Indian Medical Review
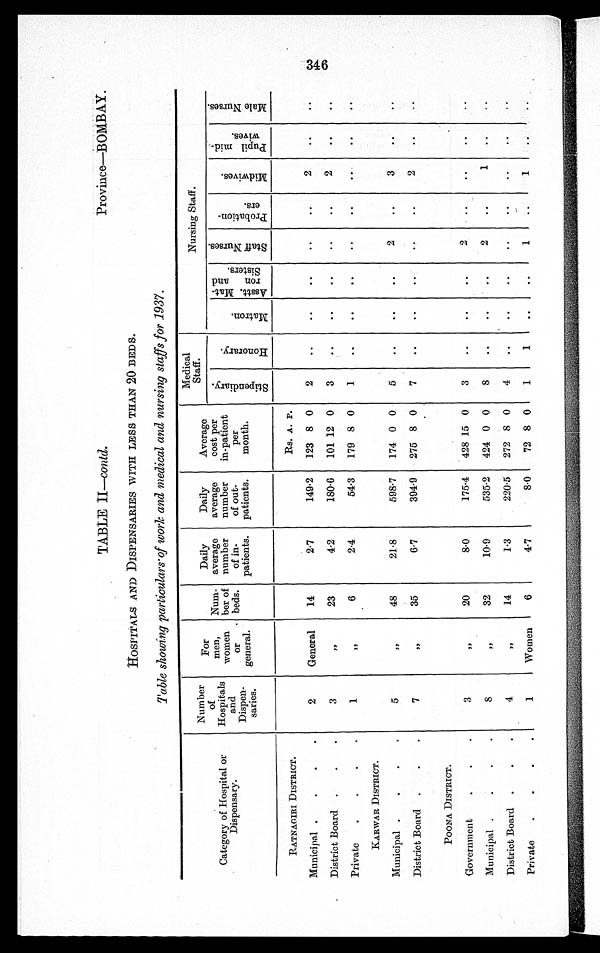
TABLE II— contd.
Province—BOMBAY.
HOSPITALS AND DISPENSARIES WITH LESS THAN 20BEDS.
Table showing particulars of work and medical and nursing staffs for 1937.
Category of Hospital or
Dispensary.
Number
of
Hospitals
and
Dispen-
sarics.
For
men,
women
or •
general.
Num-
ber of
beds.
Daily
average
number
of in-
patients.
Daily
average
number
of out-
patients.
Average . , , ,
cost per
in-patient
per
month.
Medical
Staff.
Nursing Staff.
' 3. n'
;8 o 0
P.,
. ,
m
;-, ca
s. o
gl 0
PO
T. )
t.' 4
a'
! "d
c3 4
g
H
• til
. 4 g . -4.0 : - . 3
.) ;.4cn
-1
.
o
cO
Z
.4
c.
A
S
i
-cz 0
' F- ) . )
p.,
o;
..--
4
- -.
ce;
.-... , .
p4
.5 0 co r-,
Z
41
M
RATNACIRI DISTRICT.
Rs. A. P.
Municipal .
.
.
•
2
General
14
2.7
149.2
123 8 0
2
..
..
..
..
..
2
..
..
District Board .
.
.
3
/7
23
4•2
180-6
101 12 0
3
..
..
..
..
..
2
..
• .
Private
.
.
.
•
1
If
6
2.4
54.3
179 8 0
1
..
..
..
..
..
..
KARWAR DISTRICT.
Municipal .
.
.
•
5
/2
48
21.8
598-7
174 0 0
5
..
..
..
2
..
3
..
..
District Board .
.
.
7
/7
35
6.7
394.9
275 8 0
7
..
..
..
• •
..
2
..
POONA DISTRICT.
Government
.
.
.
3
2,
20
8-0
175-4 428 15 0
3
..
..
..
2
..
..
..
Municipal .
.
.
.
S
7,
32
10-9
535-2 424 0 0
8
..
..
• •
2
..
1
..
..
District Board .
.
.
4
,,
14
F3
220-5 272 8 0
4
..
..
..
..
..
Private
.
.
.
.
1
Women
6
4.7
8-0
72 8 0
1
1
..
..
1
..
1
..
..
C. 4D
C74